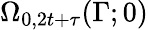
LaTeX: \Omega_{0,2t+\tau}(\Gamma;0)